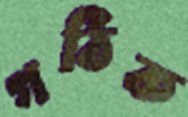
গঠিক